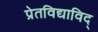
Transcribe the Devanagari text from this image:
प्रेतविद्याविद्